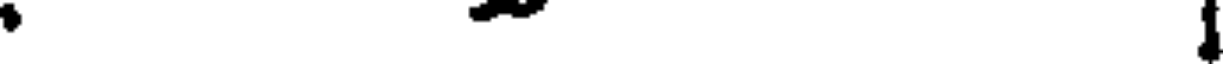
.